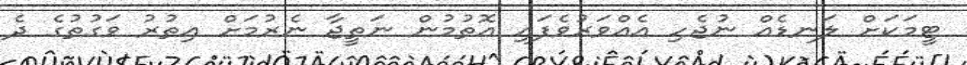
ޓީމަކަށް ލަނޑެއް ނުޖެހި އެއްވަރުވެފައި އޮތުމުން ނަތީޖާ ނެރުމަށް އިތުރު ވަގުތުގެ ދެ